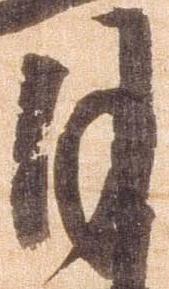
月